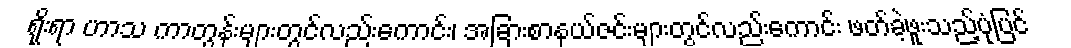
ရိုးရာ ဟာသ ကာတွန်းများတွင်လည်းကောင်း၊ အခြားစာနယ်ဇင်းများတွင်လည်းကောင်း ဖတ်ခဲ့ဖူးသည့်ပုံပြင်